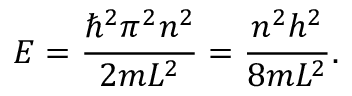
E = { \frac { \hbar ^ { 2 } \pi ^ { 2 } n ^ { 2 } } { 2 m L ^ { 2 } } } = { \frac { n ^ { 2 } h ^ { 2 } } { 8 m L ^ { 2 } } } .